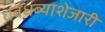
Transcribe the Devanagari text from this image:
धबधब्याशेजारी